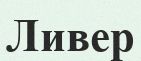
Ливер